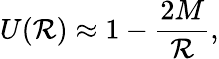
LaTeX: U(\mathcal{R})\approx1-\frac{{2M}}{{\mathcal{R}}},